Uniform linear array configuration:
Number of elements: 32
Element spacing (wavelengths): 0.5
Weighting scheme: exponential
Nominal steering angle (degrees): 60
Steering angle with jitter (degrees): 60.438
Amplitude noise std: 0.05
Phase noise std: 0.05

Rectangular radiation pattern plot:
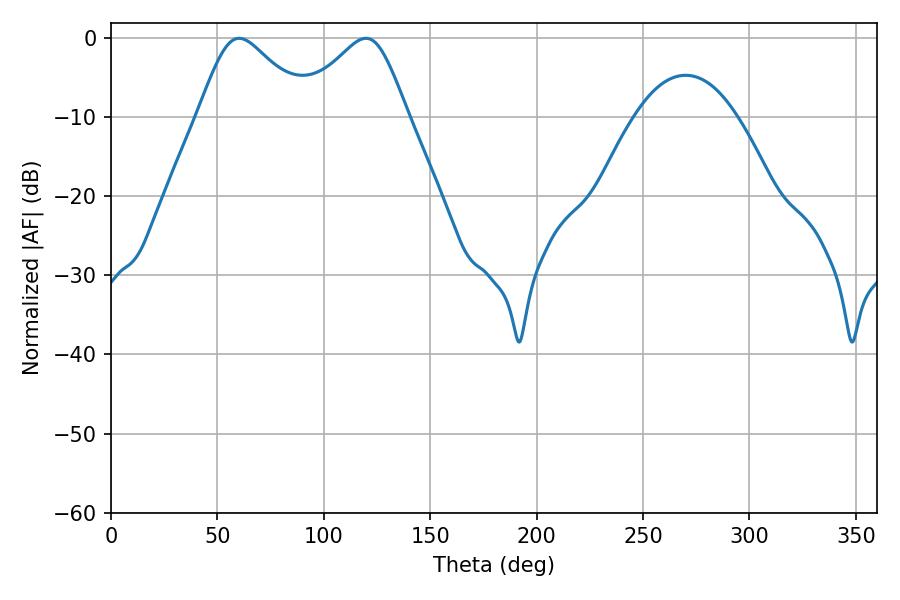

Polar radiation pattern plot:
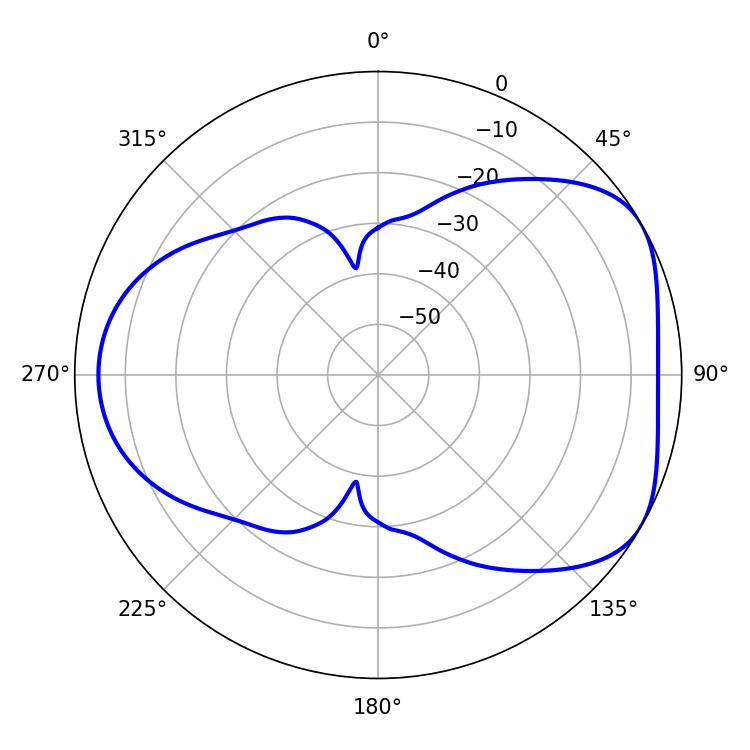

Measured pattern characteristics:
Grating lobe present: FALSE
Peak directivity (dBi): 4.777
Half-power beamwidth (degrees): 25.56
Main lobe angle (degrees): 60.3